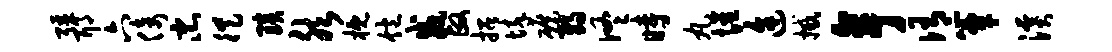
强耶六倚忠徙琰然概饱威政招悴碾弱佟时丸惺途撼亭侑簟溪